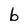
Character: b